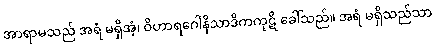
အာရာမသည် အရံ မရှိအံ့၊ ဝိဟာရဂေါနိသာဒိကကုဋိ ခေါ်သည်။ အရံ မရှိသည်သာ